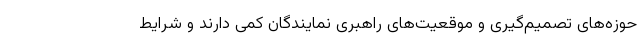
حوزه‌های تصمیم‌گیری‌ و موقعیت‌های راهبری نمایندگان کمی دارند و شرایط